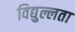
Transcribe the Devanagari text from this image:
विद्युल्लता